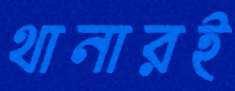
থানারই